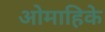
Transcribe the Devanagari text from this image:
ओमाहिके